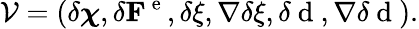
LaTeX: \mathcal{V}=(\delta\boldsymbol{\chi},\delta{\mathbf F}^{\mathrm{~e~}},\delta\xi,\nabla\delta\xi,\delta\mathrm{~d~},\nabla\delta\mathrm{~d~}).